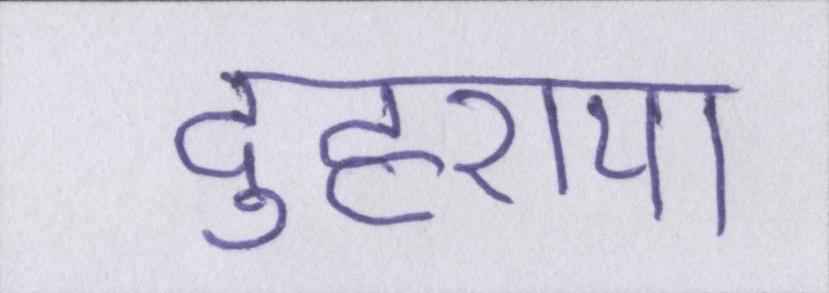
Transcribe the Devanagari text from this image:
दुहराया